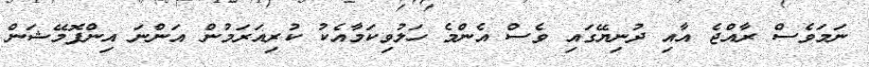
ނަމަވެސް ރާއްޖެ އާއި ދުނިޔޭގައި ވެސް އެންމެ ހަލުވިކަމާއެކު ކުރިއަރަމުން އަންނަ އިންފޮމޭޝަން